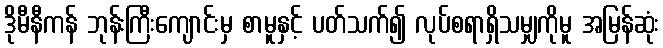
ဒိုမီနီကန် ဘုန်းကြီးကျောင်းမှ စာမူနှင့် ပတ်သက်၍ လုပ်စရာရှိသမျှကိုမူ အမြန်ဆုံး